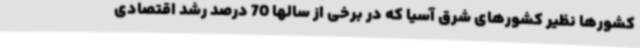
کشورها نظیر کشورهای شرق آسیا که در برخی از سالها 70 درصد رشد اقتصادی